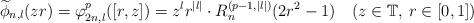
LaTeX: \begin{align*}\widetilde\phi_{n,l}(zr)= \varphi_{2n, l}^p([r,z]) = z^l r^{|l|}\cdot R_n^{(p-1,|l|)}(2r^2-1) \quad(z\in\mathbb T,\> r\in[0,1])\end{align*}